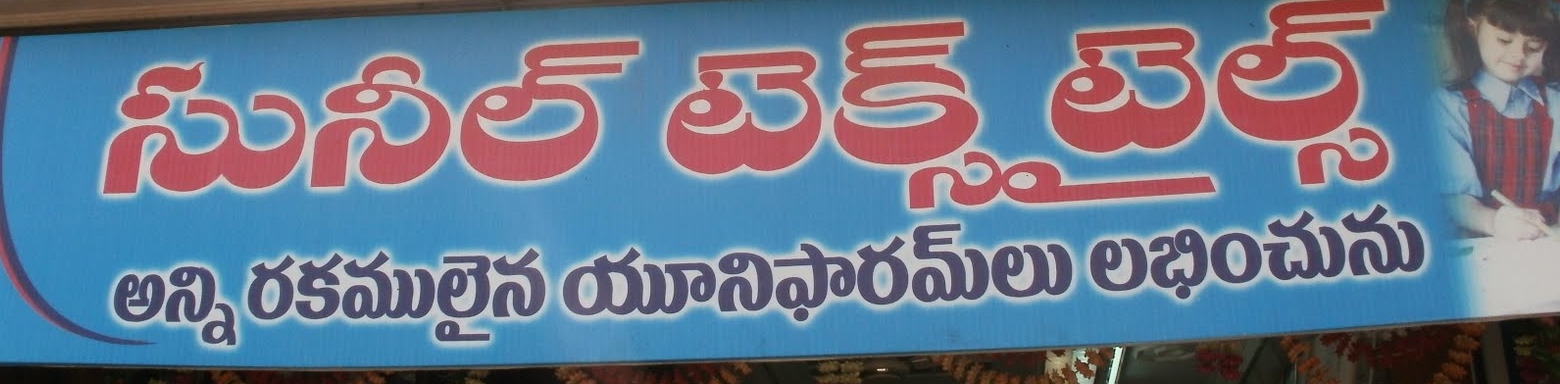
Language: telugu
Transcription: సునీల్ టెక్స్ టైల్స్ రకములైన లభించును యూనిఫారమ్ లు అన్ని